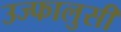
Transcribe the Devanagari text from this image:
उज्फालुसी